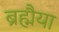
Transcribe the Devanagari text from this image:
ब्रह्मैया